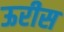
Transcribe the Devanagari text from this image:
ऊरीस